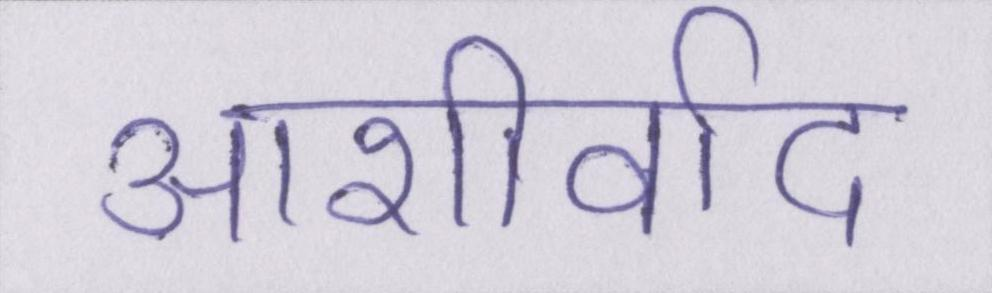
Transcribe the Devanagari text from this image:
आशीर्वाद